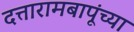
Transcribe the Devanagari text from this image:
दत्तारामबापूंच्या